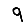
Digit: 9